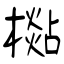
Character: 檆